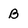
Character: B